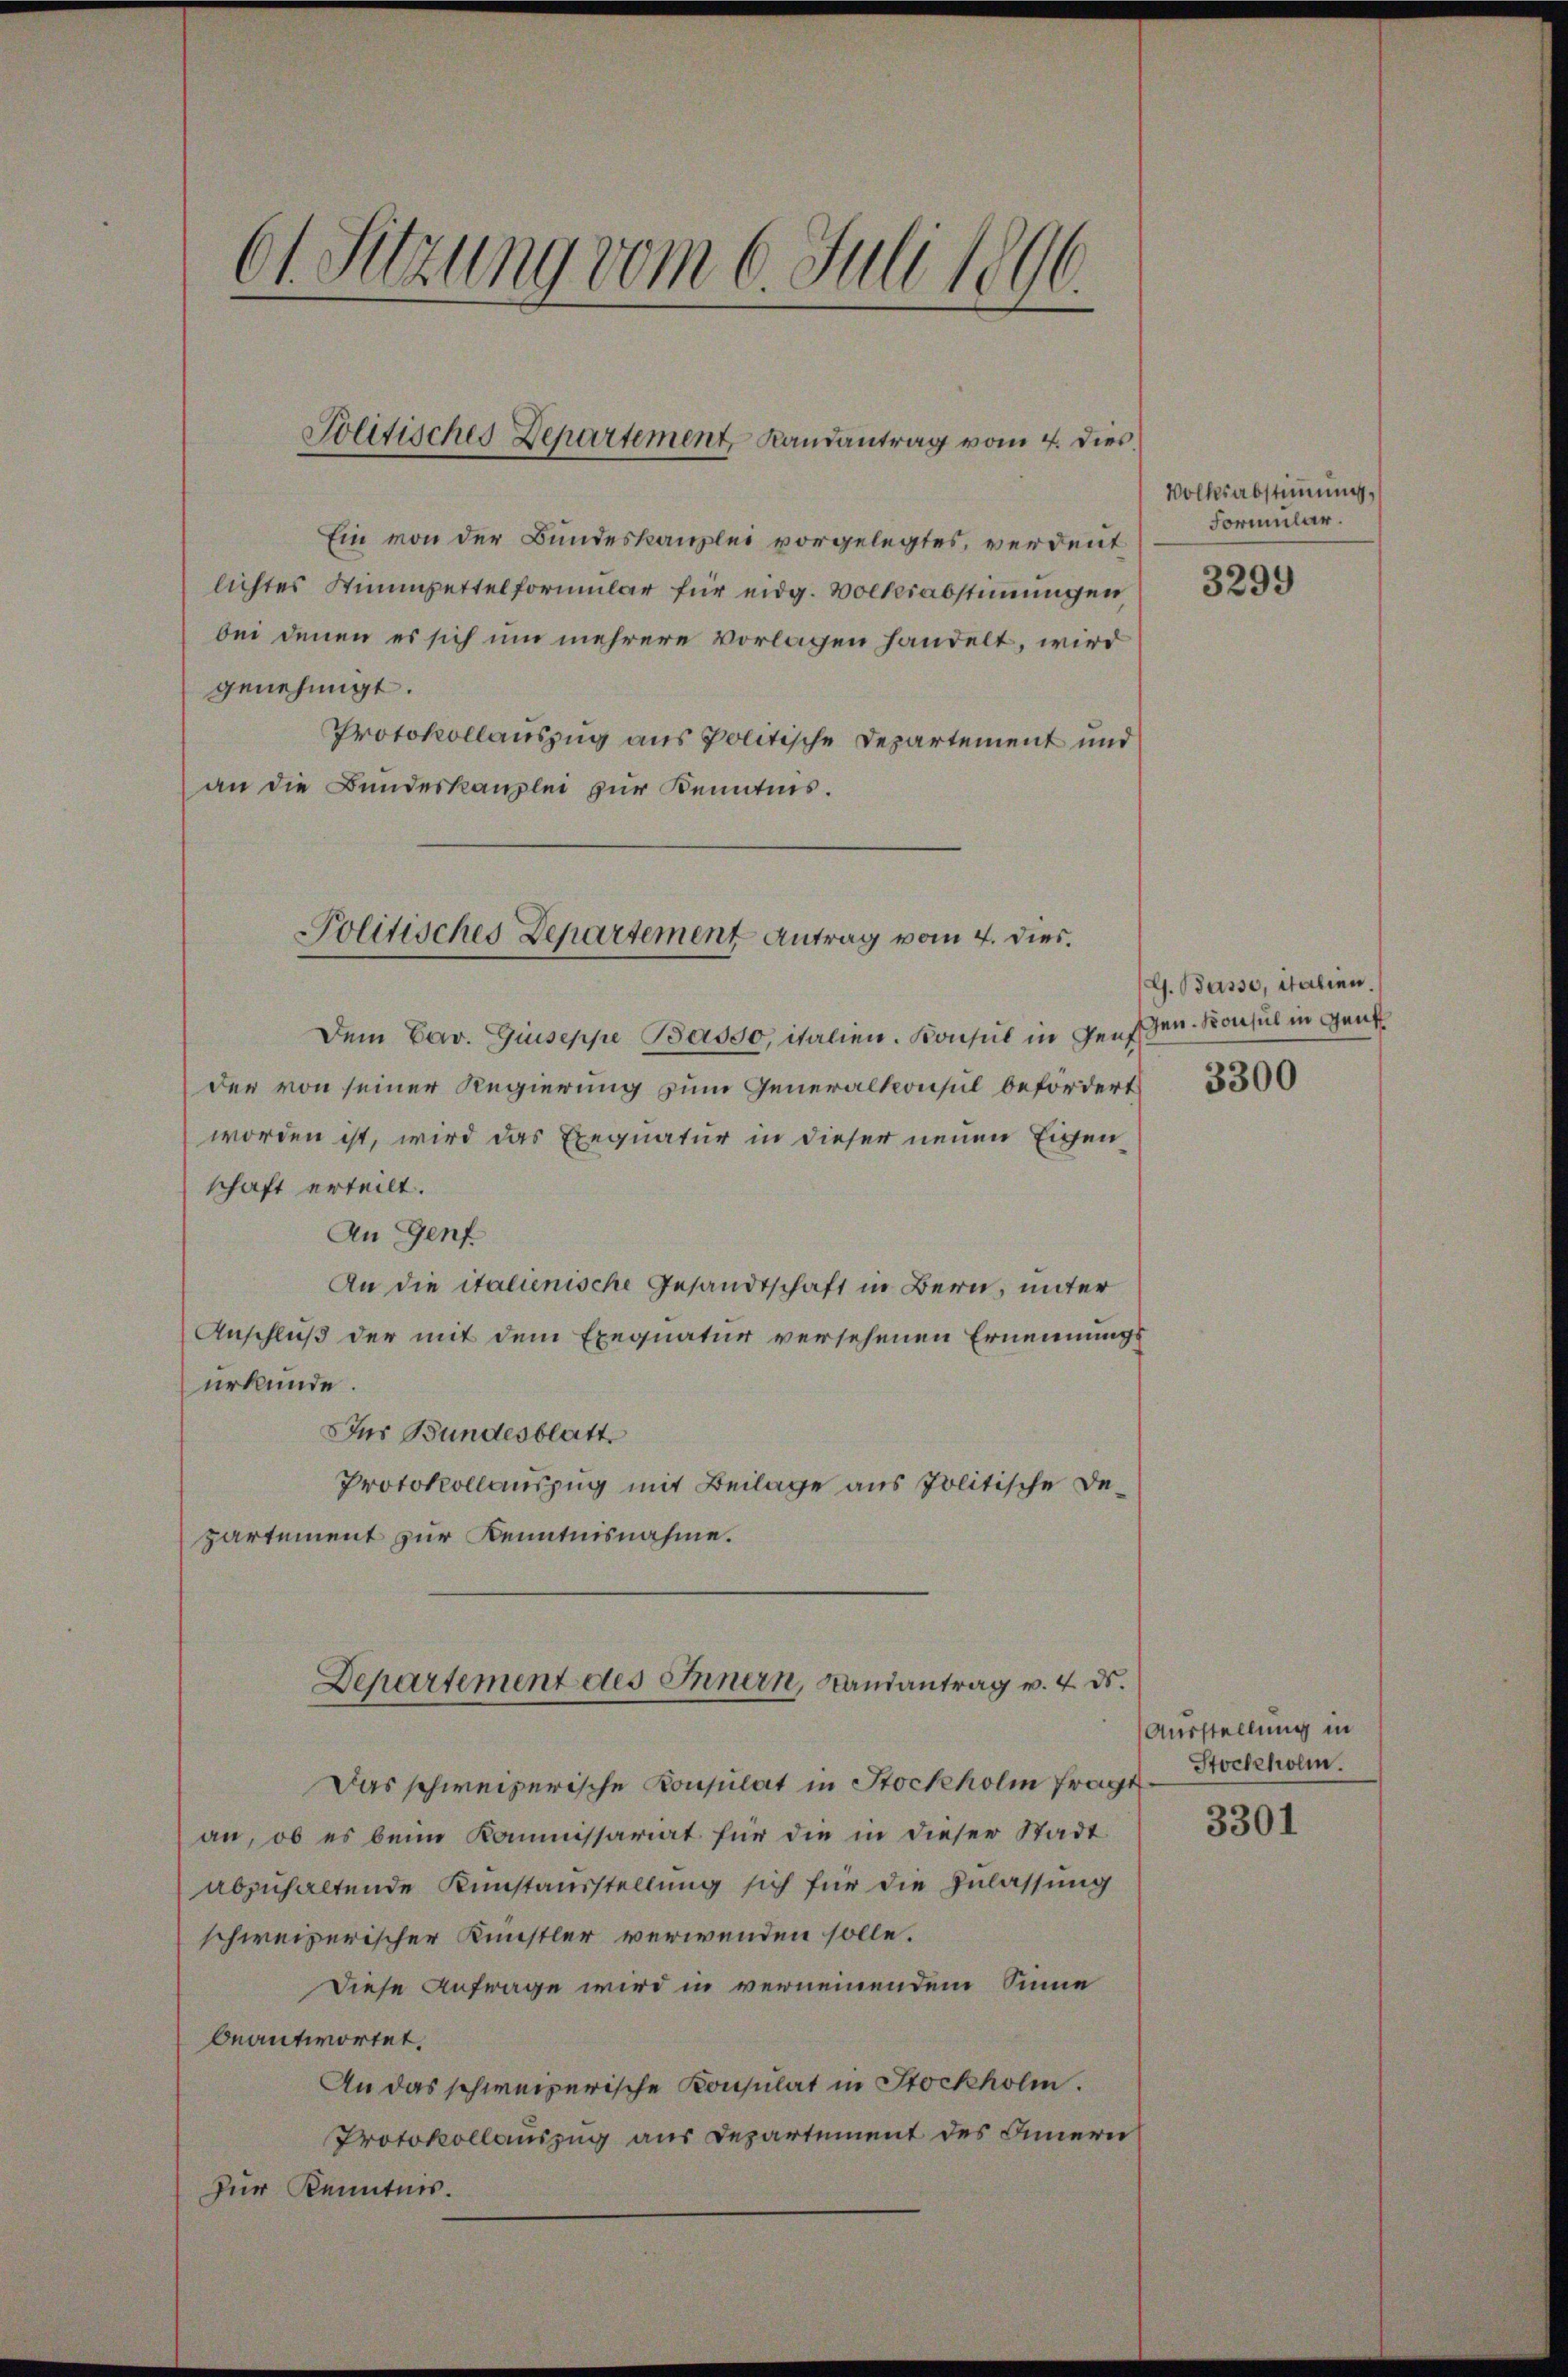
61. Sitzung vom 6. Juli 1896.

Ein von der Bundeskanzlei vorgelegtes, verdeut
lichtes Stimmzettelformular für eidg. Volksabstimmungen
bei denen es sich um mehrere vorlagen handelt, wird
genehmigt.
Protokollauszug aus politische Departement und
an die Bundeskanzlei zur Kenntnis.
Dem Cav. Giuseppe Basso, italien. Konsul in Genschen. Konsul in Gant
der von seiner Regierung zum Generalkonsul befördert
worden ist, wird das Exequatur in dieser neuen Eigen
schaft erteilt.
An Genf
An die italienische Gesandtschaft in Bern, unter
Anschluß der mit dem Exequatur versehenen Ernennungsurkunde.
Jus Bundesblatt
Protokollauszug mit Beilage aus Politische Departement zur Kenntnisnahme.
Departement des Innern, Landantrag v. 4. ds.
Das schweizerische Konsulat in Stockholm fragt Stockholm.
an, ob es beim Kommissariat für die in dieser Stadt
abzuhaltende Kunstausstellung sich für die Zulassung
schweizerischer Künstler verwenden solle.
Diese Anfrage wird in verneinendem Sinne
beantwortet.
An das schweizerische Konsulat in Stockholm.
Protokollauszug aus Departement des Innern
zur Kenntnis.

Jolitisches Departement, Landantrag vom 4. dies

Politisches Departement Antrag vom 4. dies.

Volksabstimmung,
Formular.

3299

G. Basse, italien.

3300

Ausstellung in

3301